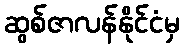
ဆွစ်ဇာလန်နိုင်ငံမှ